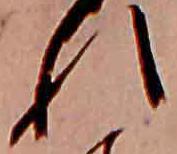
れ